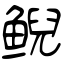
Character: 鲵